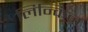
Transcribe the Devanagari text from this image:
लिन्किन